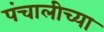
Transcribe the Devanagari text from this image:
पंचालीच्या